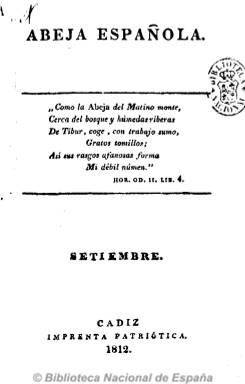
Título: Abeja española
Colección: Periódicos anteriores a 1850
Ámbito geográfico: Cádiz
Lugar de publicación: Cádiz
Fechas: 12/09/1812-31/08/1813

Periódico semanal perteneciente al sector de prensa liberal avanzada que alcanzó gran popularidad. Fue redactor el erudito Bartolomé José Gallardo. Es un ejemplo de periodismo satírico que tan amplio cultivo tuvo a lo largo del siglo XIX en la ciudad de Cádiz. Fueron muy populares sus sátiras contra la Inquisición a la que llamaba “Freidero”, “Tostadero” o “Santa Chicharra”. Al trasladarse las Cortes ordinarias a Madrid se empezó a publicar allí en 1814 con el título “La Abeja Madrileña”.